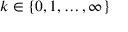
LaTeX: k \in \{ 0 , 1 , \ldots , \infty \}